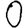
Digit: 0